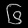
Digit: ၆